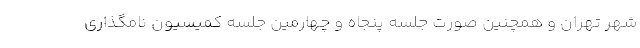
شهر تهران و همچنین صورت جلسه پنجاه و چهارمین جلسه کمیسیون نامگذاری